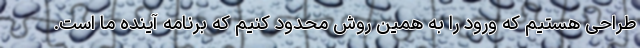
طراحی هستیم که ورود را به همین روش محدود کنیم که برنامه آینده ما است.